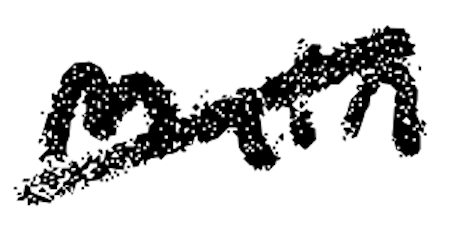
Text: main
Cross-out: diagonal
Writing tool: digital_black